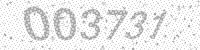
Solution: 003731